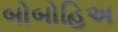
બોબોહિઅ